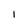
Character: 1